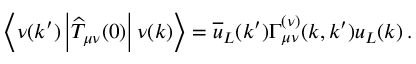
\left< \nu ( k ^ { \prime } ) \left| \widehat T _ { \mu \nu } ( 0 ) \right| \nu ( k ) \right> = \overline { { u } } _ { L } ( k ^ { \prime } ) \Gamma _ { \mu \nu } ^ { ( \nu ) } ( k , k ^ { \prime } ) u _ { L } ( k ) \, .